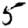
Digit: 5